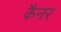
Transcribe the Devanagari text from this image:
कैनर